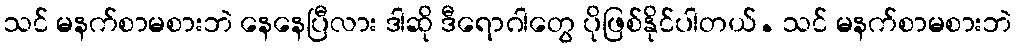
သင် မနက်စာမစားဘဲ နေနေပြီလား ဒါဆို ဒီရောဂါတွေ ပိုဖြစ်နိုင်ပါတယ်. သင် မနက်စာမစားဘဲ